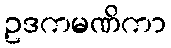
ဥဒကမဏိကာ